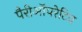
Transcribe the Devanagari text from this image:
पैरीऑपरेटिव